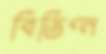
বিভিণ্ন